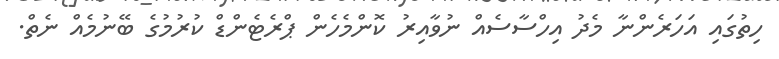
ހިތުގައި އަހަރެންނާ މެދު އިހްސާސެއް ނުވާއިރު ކޮންމެހެން ޕްރެޓެންޑް ކުރުމުގެ ބޭނުމެއް ނެތް.